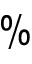
\%